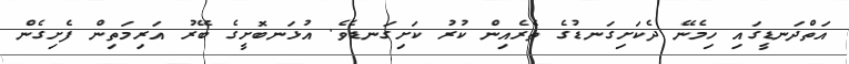
އަތްދަނޑީގައި ހިމެނޭ ދެކަށިގަނޑުގެ ތެރެއިން ކުރު ކަށިގަނޑެވެ. އުޅަނބޮށީގެ ބޭރު އަރިމަތިން ފެށިގެން